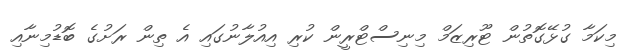
މިކަމާ ގުޅޭގޮތުން ޓޫރިޒަމް މިނިސްޓްރީން ކުރި އިއުލާނުގައި އެ ތިން ރަށުގެ ބޮޑުމިނާއި